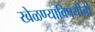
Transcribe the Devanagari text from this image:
खेळण्याविषयीची